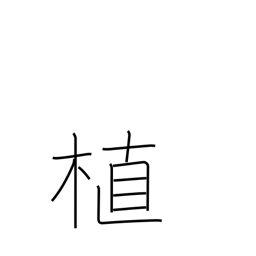
Meaning: plant